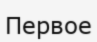
Первое